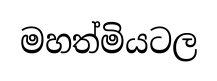
මහත්මියටල